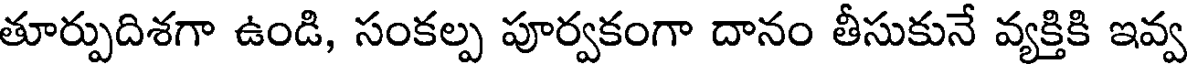
తూర్పుదిశగా ఉండి, సంకల్ప పూర్వకంగా దానం తీసుకునే వ్యక్తికి ఇవ్వ